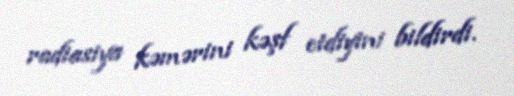
radiasiya kəmərini kəşf etdiyini bildirdi.